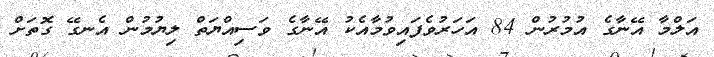
އަލްމާ އޭނާގެ އުމުރުން 84 އަހަރުވެފައިވުމާއެކު އޭނާގެ ވަސިއްޔަތް ލިޔުމުން އެނގޭ ގޮތަށް